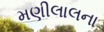
મણીલાલના